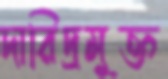
দারিদ্রমুক্ত